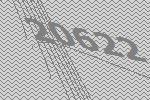
20622